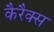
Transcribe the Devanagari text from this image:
कैरैक्स